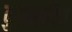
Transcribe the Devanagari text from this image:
कुप्रभावित